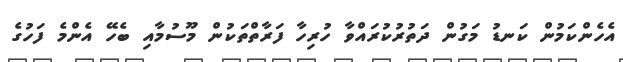
އެހެންކަމުން ކަނޑު މަގުން ދަތުރުކުރައްވާ ހުރިހާ ފަރާތްތަކުން މޫސުމާއި ބެހޭ އެންމެ ފަހުގެ